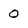
Character: 0